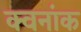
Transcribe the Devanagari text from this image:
क्वनांक